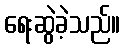
ရေးဆွဲခဲ့သည်။